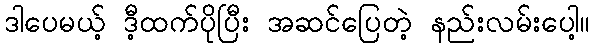
ဒါပေမယ့် ဒီ့ထက်ပိုပြီး အဆင်ပြေတဲ့ နည်းလမ်းပေါ့။